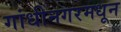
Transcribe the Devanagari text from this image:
गांधीनगरमधून